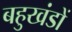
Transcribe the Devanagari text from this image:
बहुखंडों